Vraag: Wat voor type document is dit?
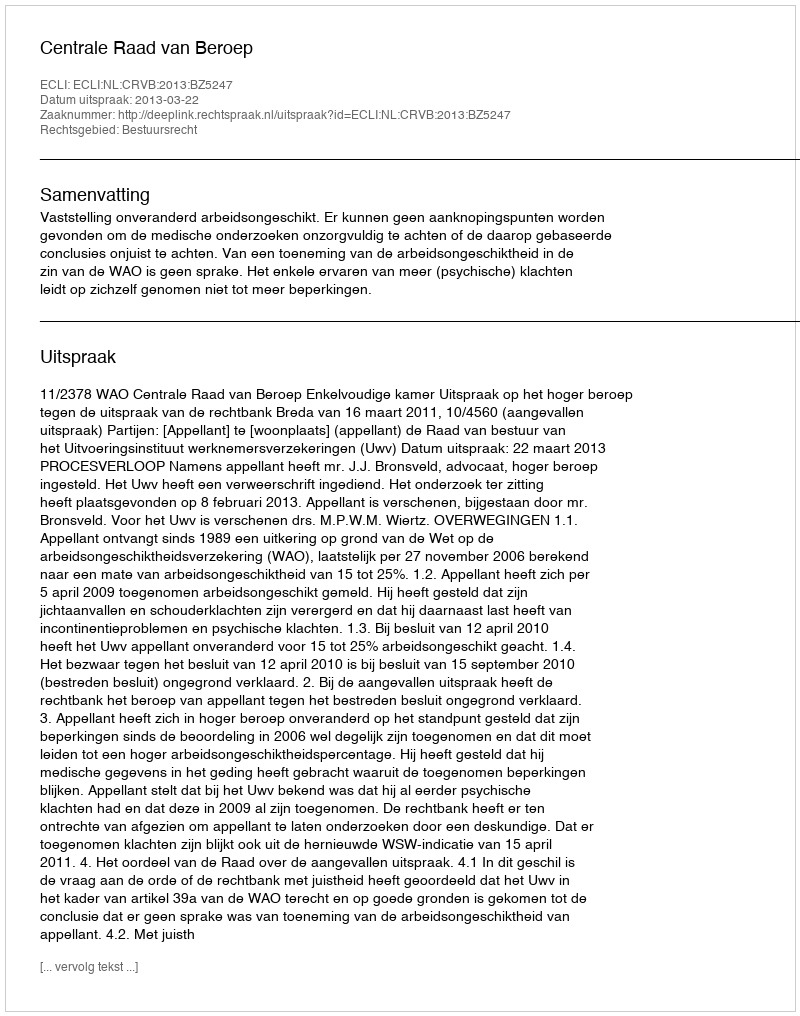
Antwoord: Uitspraak